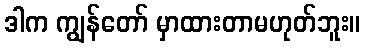
ဒါက ကျွန်တော် မှာထားတာမဟုတ်ဘူး။